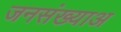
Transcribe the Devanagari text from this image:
जनसंख्याअ